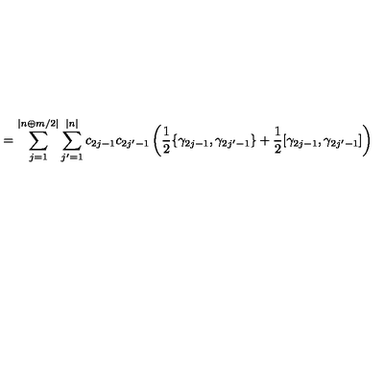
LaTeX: = \sum _ { j = 1 } ^ { | n \oplus m / 2 | } \sum _ { j ^ { \prime } = 1 } ^ { | n | } c _ { 2 j - 1 } c _ { 2 j ^ { \prime } - 1 } \left( \frac { 1 } { 2 } \{ \gamma _ { 2 j - 1 } , \gamma _ { 2 j ^ { \prime } - 1 } \} + \frac { 1 } { 2 } [ \gamma _ { 2 j - 1 } , \gamma _ { 2 j ^ { \prime } - 1 } ] \right)